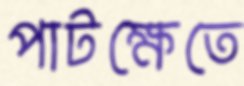
পাটক্ষেতে